Civil Veterinary Department Bihar & Orissa reports 1929-36 - 1929-1936
Year: 1929
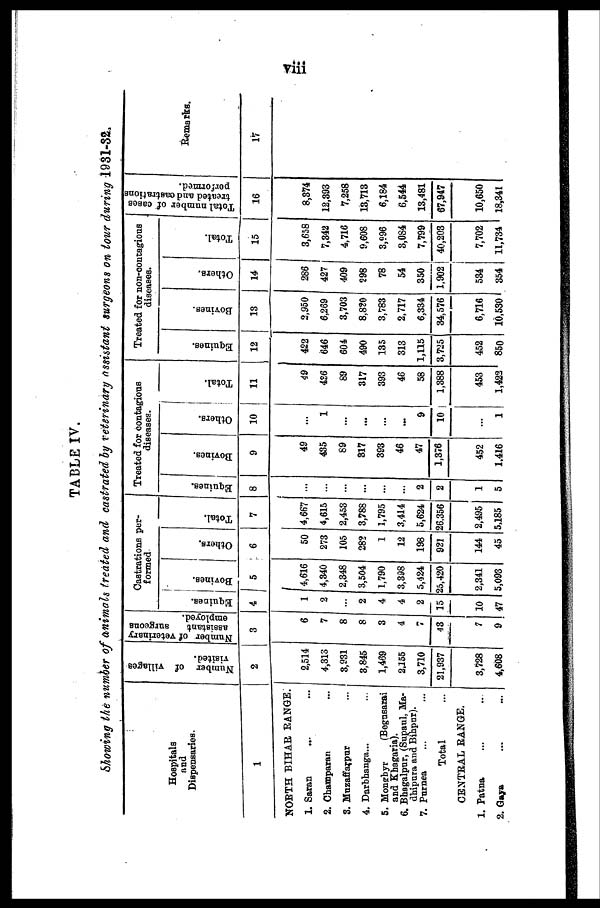
viii
TABLE IV.
Showing the number of animals treated and castrated by veterinary assistant surgeons on tour during 1931-32.
Hospitals
and
Dispensaries.
1
NORTH BIHAR RANGE.
1. Saran ... ...
2. Champaran ...
3. Muzaffarpur ...
4. Darbhanga ... ...
5. Monghyr (Begusarai
and Khagaria).
6. Bhagalpur, (Supaul, Madhipura and Bihpur).
7. Purnea ... ...
Total ...
CENTRAL RANGE.
1. Patna ... ...
2. Gaya ... ...
Number of villages
visited.
2
2,514
4,313
3,931
3,845
1,469
2,155
3,710
21,937
3,728
4,608
Number of veterinary
assistant
surgeons
employed.
3
6
7
8
8
3
4
7
43
7
9
Castrations per-
formed
Equines.
4
1
2
2
4
4
2
15
10
47
Bovines.
5
4,616
4,340
2,348
3,504
1,790
3,398
5,424
25,420
2,341
5,093
Others.
6
50
273
105
282
1
12
198
921
144
45
Total.
7
4,667
4,615
2,453
3,788
1,795
3,414
5,624
26,356
2,495
5,185
Treated for contagious
diseases.
Equines.
8
...
...
...
...
...
...
2
2
1
5
Bovines.
9
49
435
89
817
393
46
47
1,376
452
1.416
Others.
10
...
1
...
...
...
...
9
10
...
1
Total.
11
a
4,26
89
317
393
46
58
1,388
453
1,422
Treated for non-contagions
diseases.
Equines.
12
422
646
604
490
135
313
1,115
3,725
452
850
Bovines.
13
2,950
6,269
3,703
8,820
3,783
2,717
6,334
34,576
6,716
10,530
Others.
14
286
427
409
298
78
54
350
1,902
534
354
Total.
15
3,658
7,342
4,716
9,608
3,996
S,0S4
7,799
40,203
7,702
11,734
Total number of cases
treated and castrations
performed.
16
|
8,374
12,393
7,258
13,713
6,184
6,544
13,481
67,947
10,650
18,341
Remarks.
17